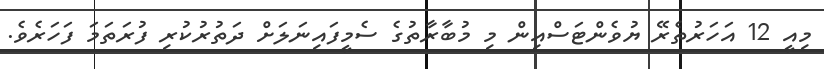
މިއީ 12 އަހަރުތެރޭ ޔުވެންޓަސްއިން މި މުބާރާތުގެ ސެމީފައިނަލަށް ދަތުރުކުރި ފުރަތަމަ ފަހަރެވެ.